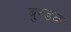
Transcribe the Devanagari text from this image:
बुरड़क